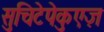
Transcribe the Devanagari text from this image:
सुचिटेपेकुएज़